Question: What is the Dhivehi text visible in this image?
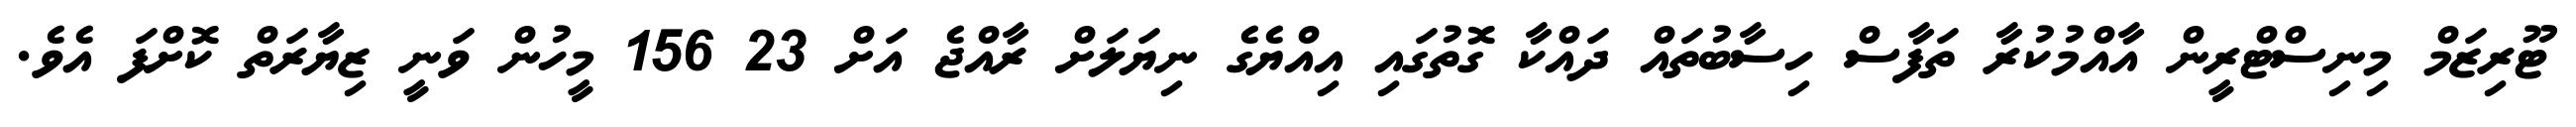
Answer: ޓޫރިޒަމް މިނިސްޓްރީން އާއްމުކުރާ ތަފާސް ހިސާބުތައް ދައްކާ ގޮތުގައި އިއްޔެގެ ނިޔަލަށް ރާއްޖެ އަށް 23 156 މީހުން ވަނީ ޒިޔާރަތް ކޮށްފަ އެވެ.